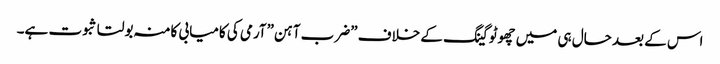
اس کے بعد حال ہی میں چھوٹوگینگ کے خلاف ”ضرب آہن”آرمی کی کامیابی کامنہ بولتا ثبوت ہے۔